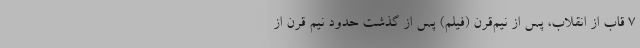
7 قاب از انقلاب، پس از نیم‌قرن (فیلم) پس از گذشت حدود نیم قرن از